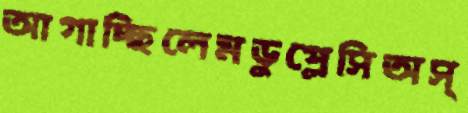
আগাচ্ছিলেমডুপ্লেসিঅস্